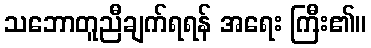
သဘောတူညီချက်ရရန် အရေး ကြီး၏။